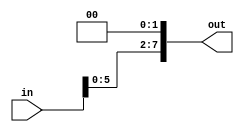
module shift_2_right #(parameter WIDTH = 8)(
    input [WIDTH - 1 : 0] in,
    output [WIDTH - 1 : 0] out
);

    assign out = (in << 2);
endmodule